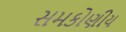
સમકોણીય